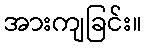
အားကျခြင်း။